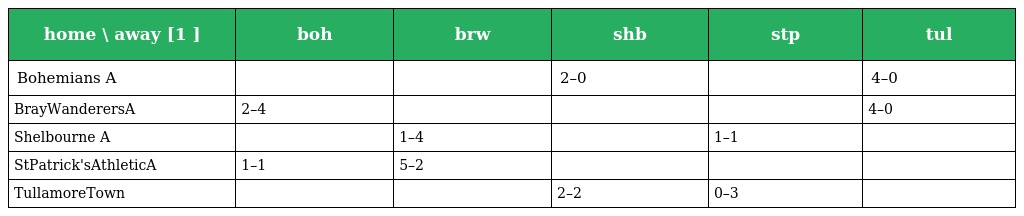
| home \ away [1 ] | boh | brw | shb | stp | tul |
 | --- | --- | --- | --- | --- | --- |
 | Bohemians A |  |  | 2–0 |  | 4–0 |
 | BrayWanderersA | 2–4 |  |  |  | 4–0 |
 | Shelbourne A |  | 1–4 |  | 1–1 |  |
 | StPatrick'sAthleticA | 1–1 | 5–2 |  |  |  |
 | TullamoreTown |  |  | 2–2 | 0–3 |  |